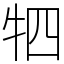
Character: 牭